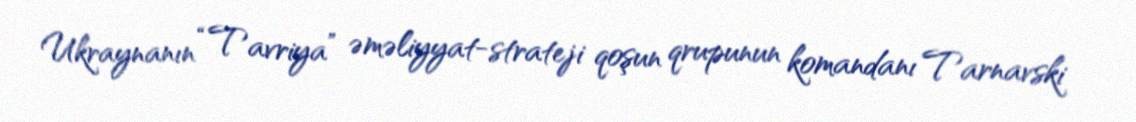
Ukraynanın “Tavriya” əməliyyat-strateji qoşun qrupunun komandanı Tarnavski